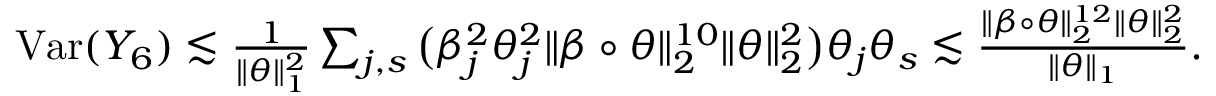
\begin{array} { r } { \mathrm { V a r } ( Y _ { 6 } ) \lesssim \frac { 1 } { \| \theta \| _ { 1 } ^ { 2 } } \sum _ { j , s } \big ( \beta _ { j } ^ { 2 } \theta _ { j } ^ { 2 } \| \beta \circ \theta \| _ { 2 } ^ { 1 0 } \| \theta \| _ { 2 } ^ { 2 } \big ) \theta _ { j } \theta _ { s } \lesssim \frac { \| \beta \circ \theta \| _ { 2 } ^ { 1 2 } \| \theta \| _ { 2 } ^ { 2 } } { \| \theta \| _ { 1 } } . } \end{array}